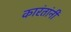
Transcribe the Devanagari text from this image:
कारंतांनी